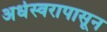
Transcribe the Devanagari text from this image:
अर्धस्वरापासून